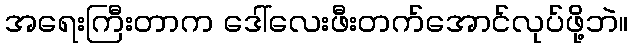
အရေးကြီးတာက ဒေါ်လေးဖီးတက်အောင်လုပ်ဖို့ဘဲ။